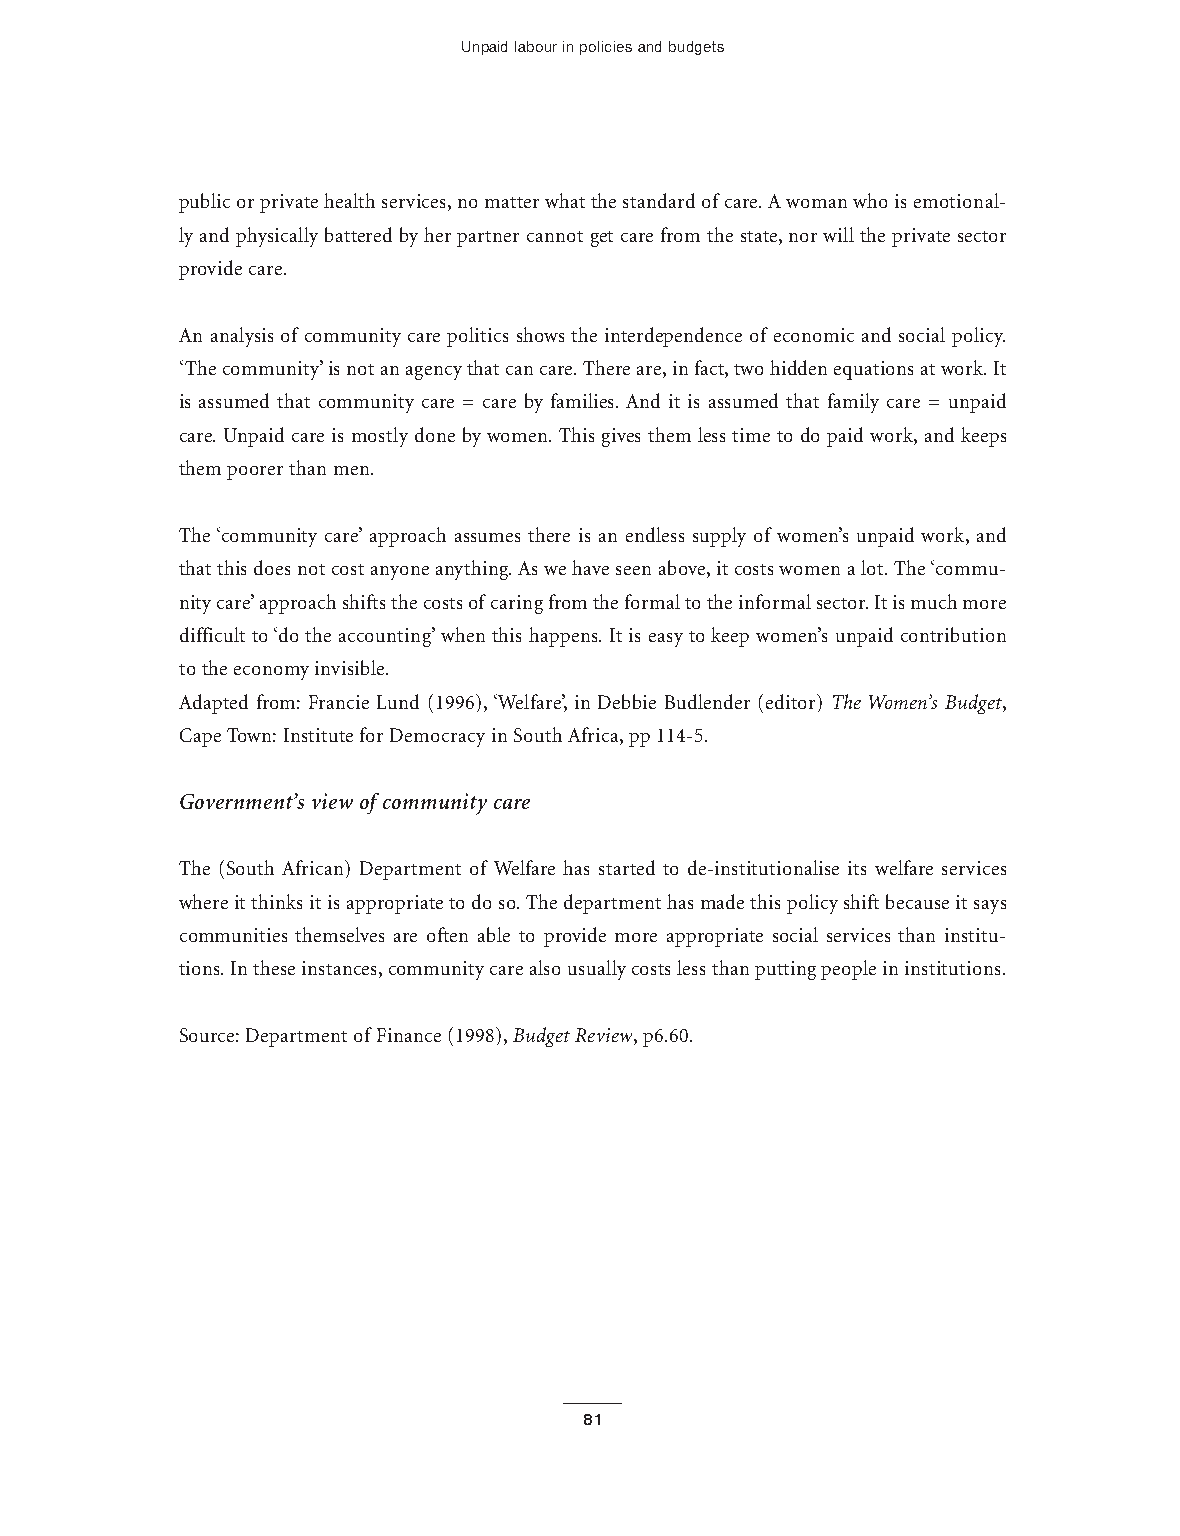
Unpaid labour in policies and budgets
 public or private health services,no matter what the standard of care.A woman who is emotional-
 ly and physically battered by her partner cannot get care from the state,nor will the private sector
 provide care.
 An analysis of community care politics shows the interdependence of economic and social policy.
 ‘The community’is not an agency that can care.There are,in fact,two hidden equations at work.It
 is assumed that community care = care by families. And it is assumed that family care = unpaid
 care.Unpaid care is mostly done by women.This gives them less time to do paid work,and keeps
 them poorer than men.
 The ‘community care’approach assumes there is an endless supply of women’s unpaid work, and
 that this does not cost anyone anything.As we have seen above,it costs women a lot.The ‘commu-
 nity care’approach shifts the costs ofcaring from the formal to the informal sector.It is much more
 difficult to ‘do the accounting’when this happens.It is easy to keep women’s unpaid contribution
 to the economy invisible.
 Adapted from: Francie Lund (1996),‘Welfare’, in Debbie Budlender (editor) The Women’s Budget,
 Cape Town:Institute for Democracy in South Africa,pp 114-5.
 Government’s view of community care
 The (South African) Department of Welfare has started to de-institutionalise its welfare services
 where it thinks it is appropriate to do so.The department has made this policy shift because it says
 communities themselves are often able to provide more appropriate social services than institu-
 tions.In these instances,community care also usually costs less than putting people in institutions.
 Source:Department of Finance (1998),Budget Review,p6.60.
 81